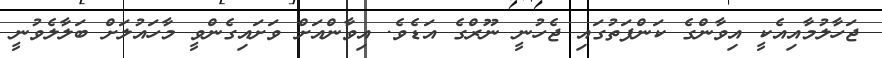
ޖަހާލުމާއިއެކީ އިވާންގެ ކަންފަތުގައި ޖެހުނީ ނޫރްގެ އަޑެވެ. އިވާންއަށް ވަށައިގެންވީ މާހައުލަށް ބަލާލެވުނީ